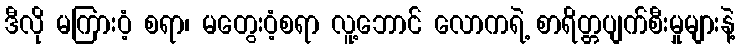
ဒီလို မကြားဝံ့ စရာ၊ မတွေးဝံ့စရာ လူ့ဘောင် လောကရဲ့ စာရိတ္တပျက်စီးမှုများနဲ့